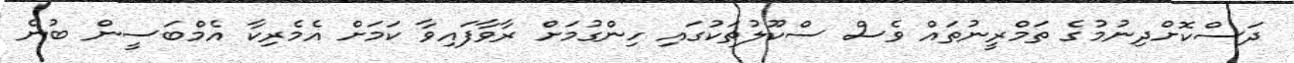
ދަސްކޮށްދިނުމުގެ ތަމްރީނުތައް ވެސް ސްކޫލުތަކުގައި ހިންގުމަށް ރާވާފައިވާ ކަމަށް އެމެރިކާ އެމްބަސީން ބުނެ